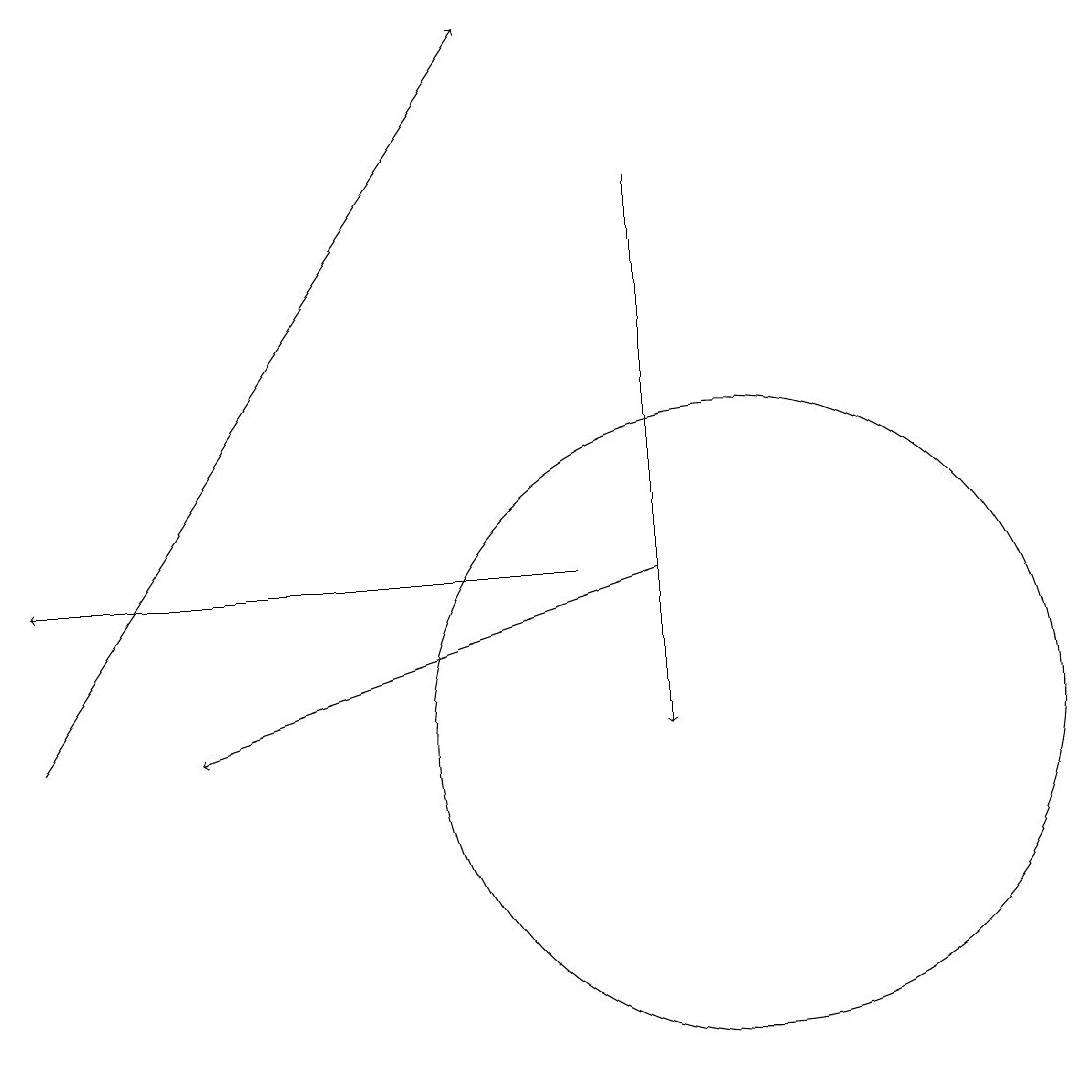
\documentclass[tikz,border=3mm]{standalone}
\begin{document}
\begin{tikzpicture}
\draw[->] (8,12) -- (1,12);
\draw[->] (9,12) -- (3,10);
\draw[->] (9,17) -- (9,10);
\draw[->] (1,10) -- (7,19);
\draw (10,10) circle (4);
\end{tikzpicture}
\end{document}